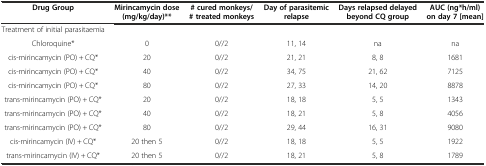
<table><thead><tr><td><b>Drug Group</b></td><td><b>Mirincamycin dose (mg/kg/day)**</b></td><td><b># cured monkeys/# treated monkeys</b></td><td><b>Day of parasitemic relapse</b></td><td><b>Days relapsed delayed beyond CQ group</b></td><td><b>AUC (ng*h/ml) on day 7 [mean]</b></td></tr></thead><tbody><tr><td>Treatment of initial parasitaemia</td><td></td><td></td><td></td><td></td><td></td></tr><tr><td>Chloroquine*</td><td>0</td><td>0//2</td><td>11, 14</td><td>na</td><td>na</td></tr><tr><td>cis-mirincamycin (PO) + CQ*</td><td>20</td><td>0//2</td><td>21, 21</td><td>8, 8</td><td>1681</td></tr><tr><td>cis-mirincamycin (PO) + CQ*</td><td>40</td><td>0//2</td><td>34, 75</td><td>21, 62</td><td>7125</td></tr><tr><td>cis-mirincamycin (PO) + CQ*</td><td>80</td><td>0//2</td><td>27, 33</td><td>14, 20</td><td>8878</td></tr><tr><td>trans-mirincamycin (PO) + CQ*</td><td>20</td><td>0//2</td><td>18, 18</td><td>5, 5</td><td>1343</td></tr><tr><td>trans-mirincamycin (PO) + CQ*</td><td>40</td><td>0//2</td><td>18, 21</td><td>5, 8</td><td>4056</td></tr><tr><td>trans-mirincamycin (PO) + CQ*</td><td>80</td><td>0//2</td><td>29, 44</td><td>16, 31</td><td>9080</td></tr><tr><td>cis-mirincamycin (IV) + CQ*</td><td>20 then 5</td><td>0//2</td><td>18, 18</td><td>5, 5</td><td>1922</td></tr><tr><td>trans-mirincamycin (IV) + CQ*</td><td>20 then 5</td><td>0//2</td><td>18, 21</td><td>5, 8</td><td>1789</td></tr></tbody></table>